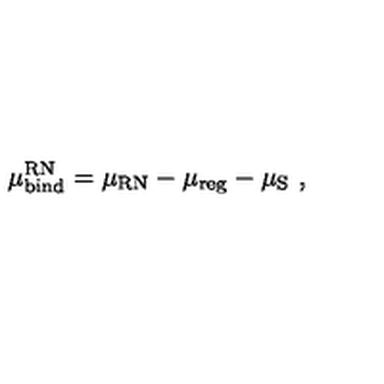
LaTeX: \mu _ { \mathrm { b i n d } } ^ { \mathrm { R N } } = \mu _ { \mathrm { R N } } - \mu _ { \mathrm { r e g } } - \mu _ { \mathrm { S } } \ ,